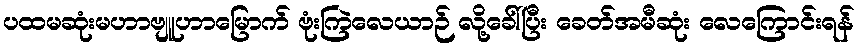
ပထမဆုံးမဟာဗျူဟာမြောက် ဗုံးကြဲလေယာဉ် လို့ခေါ်ပြီး ခေတ်အမီဆုံး လေကြောင်းရန်